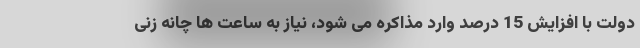
دولت با افزایش 15 درصد وارد مذاکره می شود، نیاز به ساعت ها چانه زنی